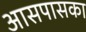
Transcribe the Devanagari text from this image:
आसपासका